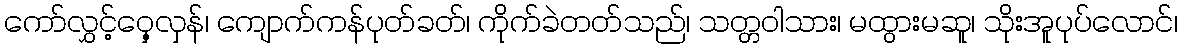
ကော်လွှင့်ဝှေ့လှန်၊ ကျောက်ကန်ပုတ်ခတ်၊ ကိုက်ခဲတတ်သည်၊ သတ္တဝါသား၊ မထွားမဆူ၊ သိုးအူပုပ်လောင်၊